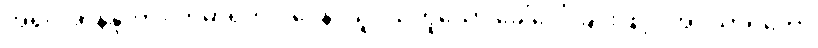
အရှင်အာနန္ဒာကို။ ကုမာရကဝါဒေန၊ သူငယ်ဟူသော ခေါ်ဝေါ်ခြင်းဖြင့်။ အပသာရိတော